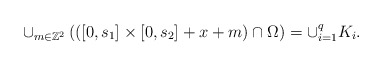
\begin{align*}\cup_{m\in\mathbb{Z}^{2}}\left( \left( \left[ 0,s_{1}\right] \times\left[0,s_{2}\right] +x+m\right) \cap\Omega\right) =\cup_{i=1}^{q}K_{i}.\end{align*}